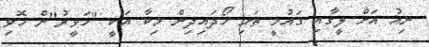
ނިއު އަށް ލީގާއި ގައުމީ ތަށި ހޯދައިދިން މިކާ އަކީ "ހަވީރު"ން ހޮވި